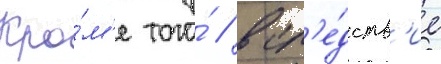
Кро́м'е того́ / всл'е́дств'ие